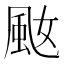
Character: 𩖠